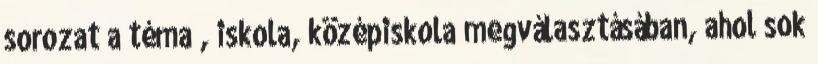
sorozat a téma , iskola, középiskola megválasztásában, ahol sok